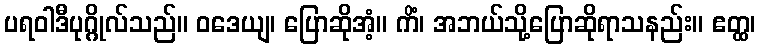
ပရဝါဒီပုဂ္ဂိုလ်သည်။ ဝဒေယျ၊ ပြောဆိုအံ့။ ကိံ၊ အဘယ်သို့ပြောဆိုရာသနည်း။ ဧတ္ထ၊